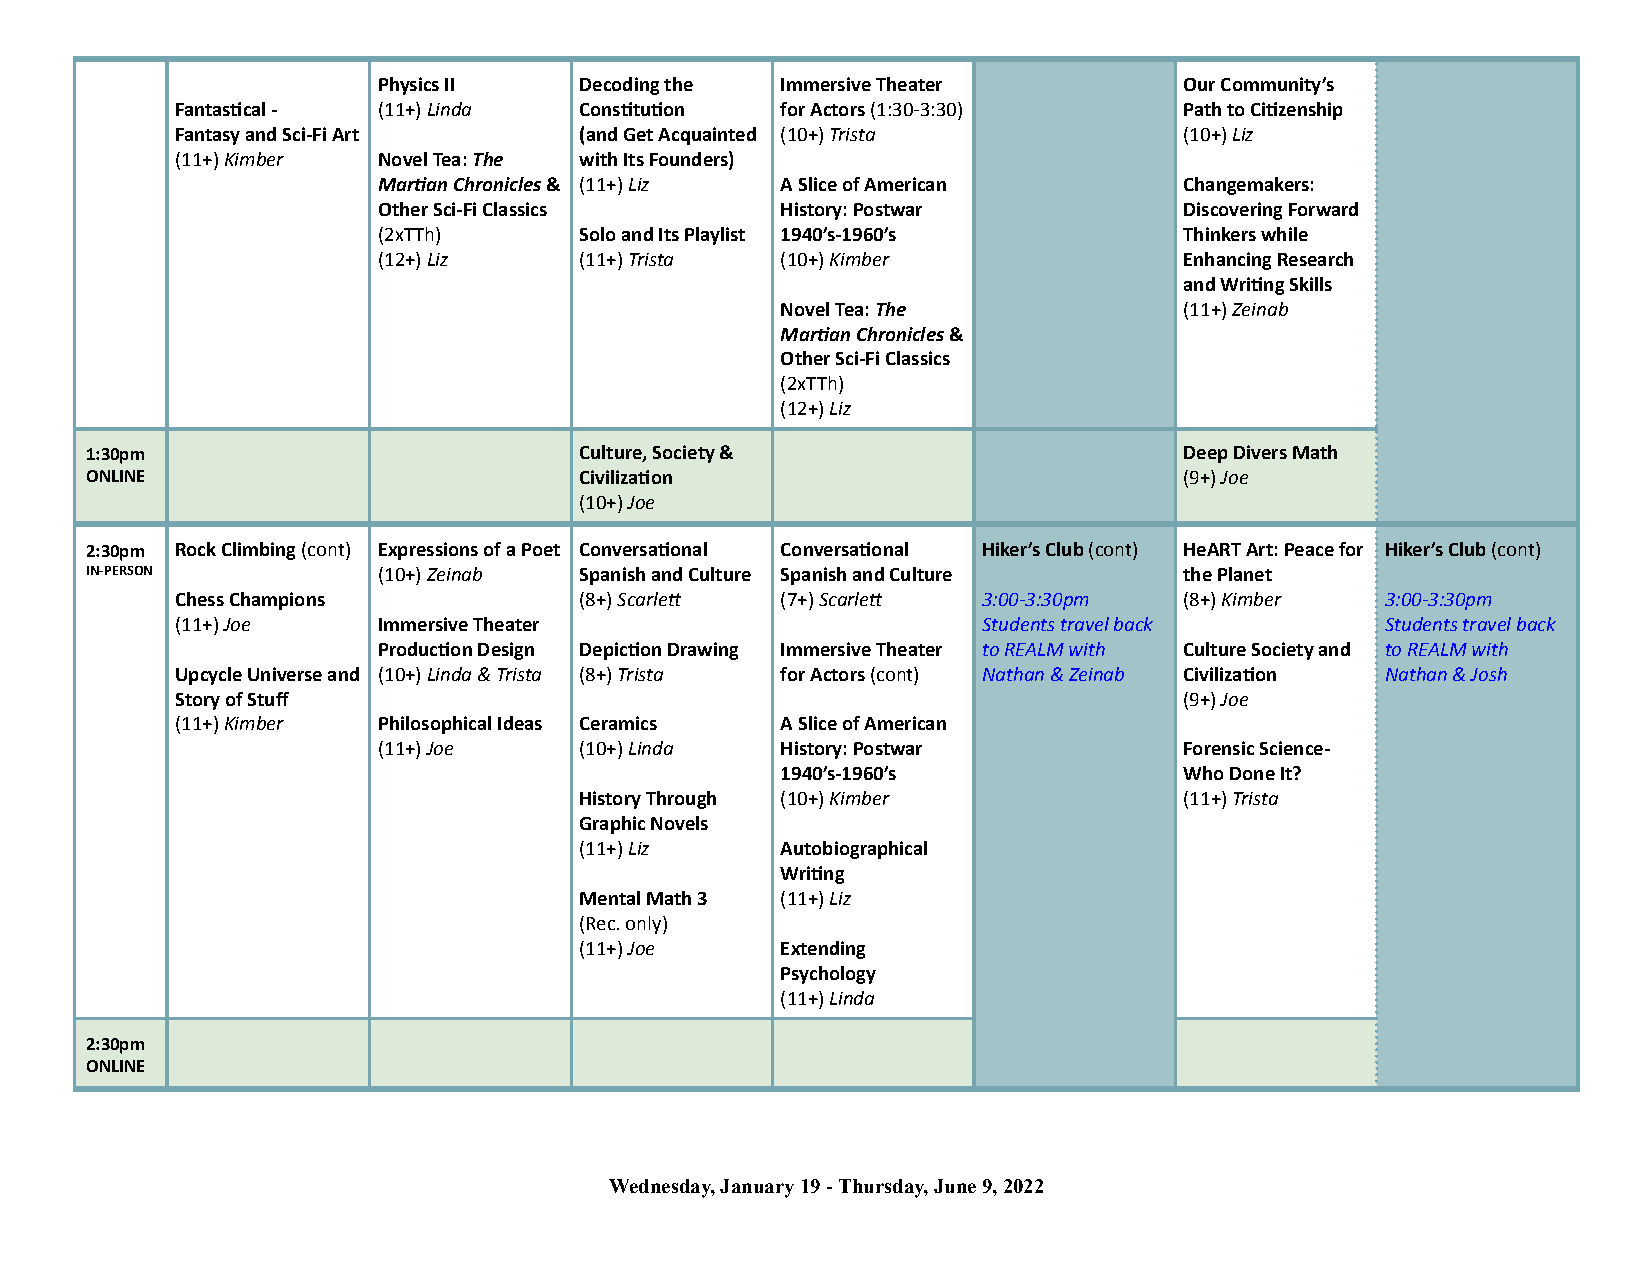
Physics II   Decoding the  Immersive Theater         Our Community’s
 Fantascal - (11+) Linda  Constuon    for Actors (1:30-3:30)    Path to Cizenship
 Fantasy and Sci-Fi Art    (and Get Acquainted (10+) Trista        (10+) Liz
 (11+) Kimber Novel Tea: The with Its Founders)
 Maran Chronicles & (11+) Liz A Slice of American    Changemakers:
 Other Sci-Fi Classics      History: Postwar          Discovering Forward
 (2xTTh)      Solo and Its Playlist 1940’s-1960’s     Thinkers while
 (12+) Liz    (11+) Trista  (10+) Kimber              Enhancing Research
 and Wring Skills
 Novel Tea: The            (11+) Zeinab
 Maran Chronicles &
 Other Sci-Fi Classics
 (2xTTh)
 (12+) Liz
 1:30pm                          Culture, Society &                      Deep Divers Math
 ONLINE                          Civilizaon                             (9+) Joe
 (10+) Joe
 2:30pm Rock Climbing (cont) Expressions of a Poet Conversaonal Conversaonal Hiker’s Club (cont) HeART Art: Peace for Hiker’s Club (cont)
 IN-PERSON          (10+) Zeinab Spanish and Culture Spanish and Culture the Planet
 Chess Champions           (8+) Scarle  (7+) Scarle 3:00-3:30pm  (8+) Kimber   3:00-3:30pm
 (11+) Joe    Immersive Theater                       Students travel back       Students travel back
 Producon Design Depicon Drawing Immersive Theater to REALM with Culture Society and to REALM with
 Upcycle Universe and (10+) Linda & Trista (8+) Trista for Actors (cont) Nathan & Zeinab Civilizaon Nathan & Josh
 Story of Stuff                                                    (9+) Joe
 (11+) Kimber Philosophical Ideas Ceramics A Slice of American
 (11+) Joe    (10+) Linda   History: Postwar          Forensic Science-
 1940’s-1960’s             Who Done It?
 History Through (10+) Kimber            (11+) Trista
 Graphic Novels
 (11+) Liz     Autobiographical
 Wring
 Mental Math 3 (11+) Liz
 (Rec. only)
 (11+) Joe     Extending
 Psychology
 (11+) Linda
 2:30pm
 ONLINE
 Wednesday, January 19 - Thursday, June 9, 2022